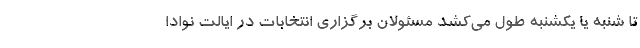
تا شنبه یا یکشنبه طول می‌کشد مسئولان برگزاری انتخابات در ایالت نوادا